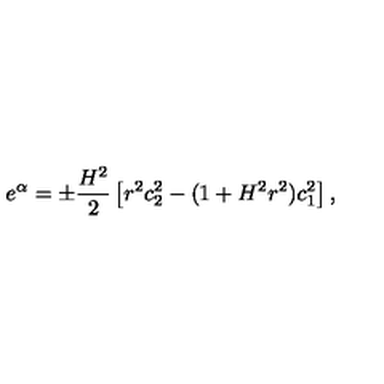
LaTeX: e ^ { \alpha } = \pm \frac { H ^ { 2 } } { 2 } \left[ r ^ { 2 } c _ { 2 } ^ { 2 } - ( 1 + H ^ { 2 } r ^ { 2 } ) c _ { 1 } ^ { 2 } \right] ,